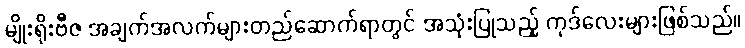
မျိုးရိုးဗီဇ အချက်အလက်များတည်ဆောက်ရာတွင် အသုံးပြုသည့် ကုဒ်လေးများဖြစ်သည်။